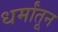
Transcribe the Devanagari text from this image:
धर्मांतून